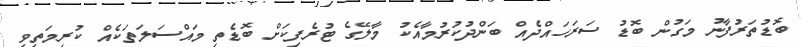
ބޮޑުތަރުފާނު މަގުން ބޮޑު ސަރަހައްދެއް ބަންދުކުރުމާއެކު މާލޭގެ ޓުރެފިކަށް ބޮޑެތި މައްސަލަތަކެއް ކުރިމަތިވި